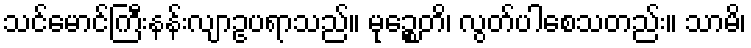
သင်မောင်ကြီးနန်းလျာဥပရာသည်။ မုဉ္စေတိ၊ လွတ်ပါစေသတည်း။ သာမိ၊